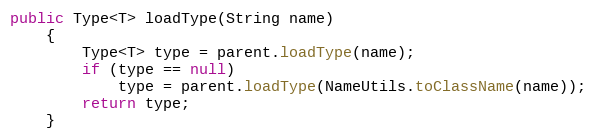
Language: Java
public Type<T> loadType(String name)
    {
        Type<T> type = parent.loadType(name);
        if (type == null)
            type = parent.loadType(NameUtils.toClassName(name));
        return type;
    }